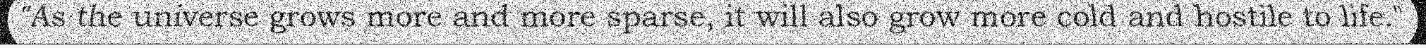
"As the universe grows more and more sparse, it will also grow more cold and hostile to life."